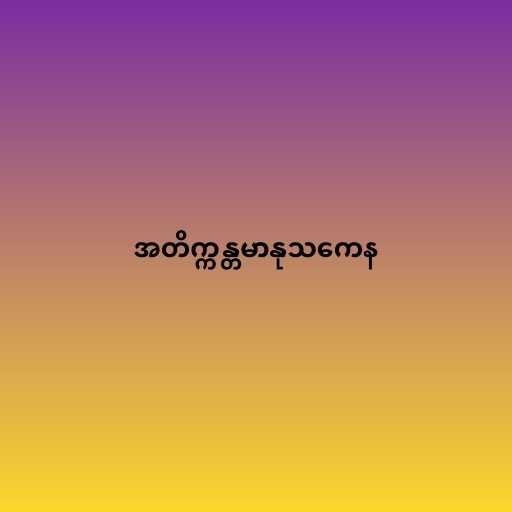
အတိက္ကန္တမာနုသကေန